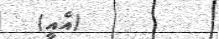
(އެއީ)